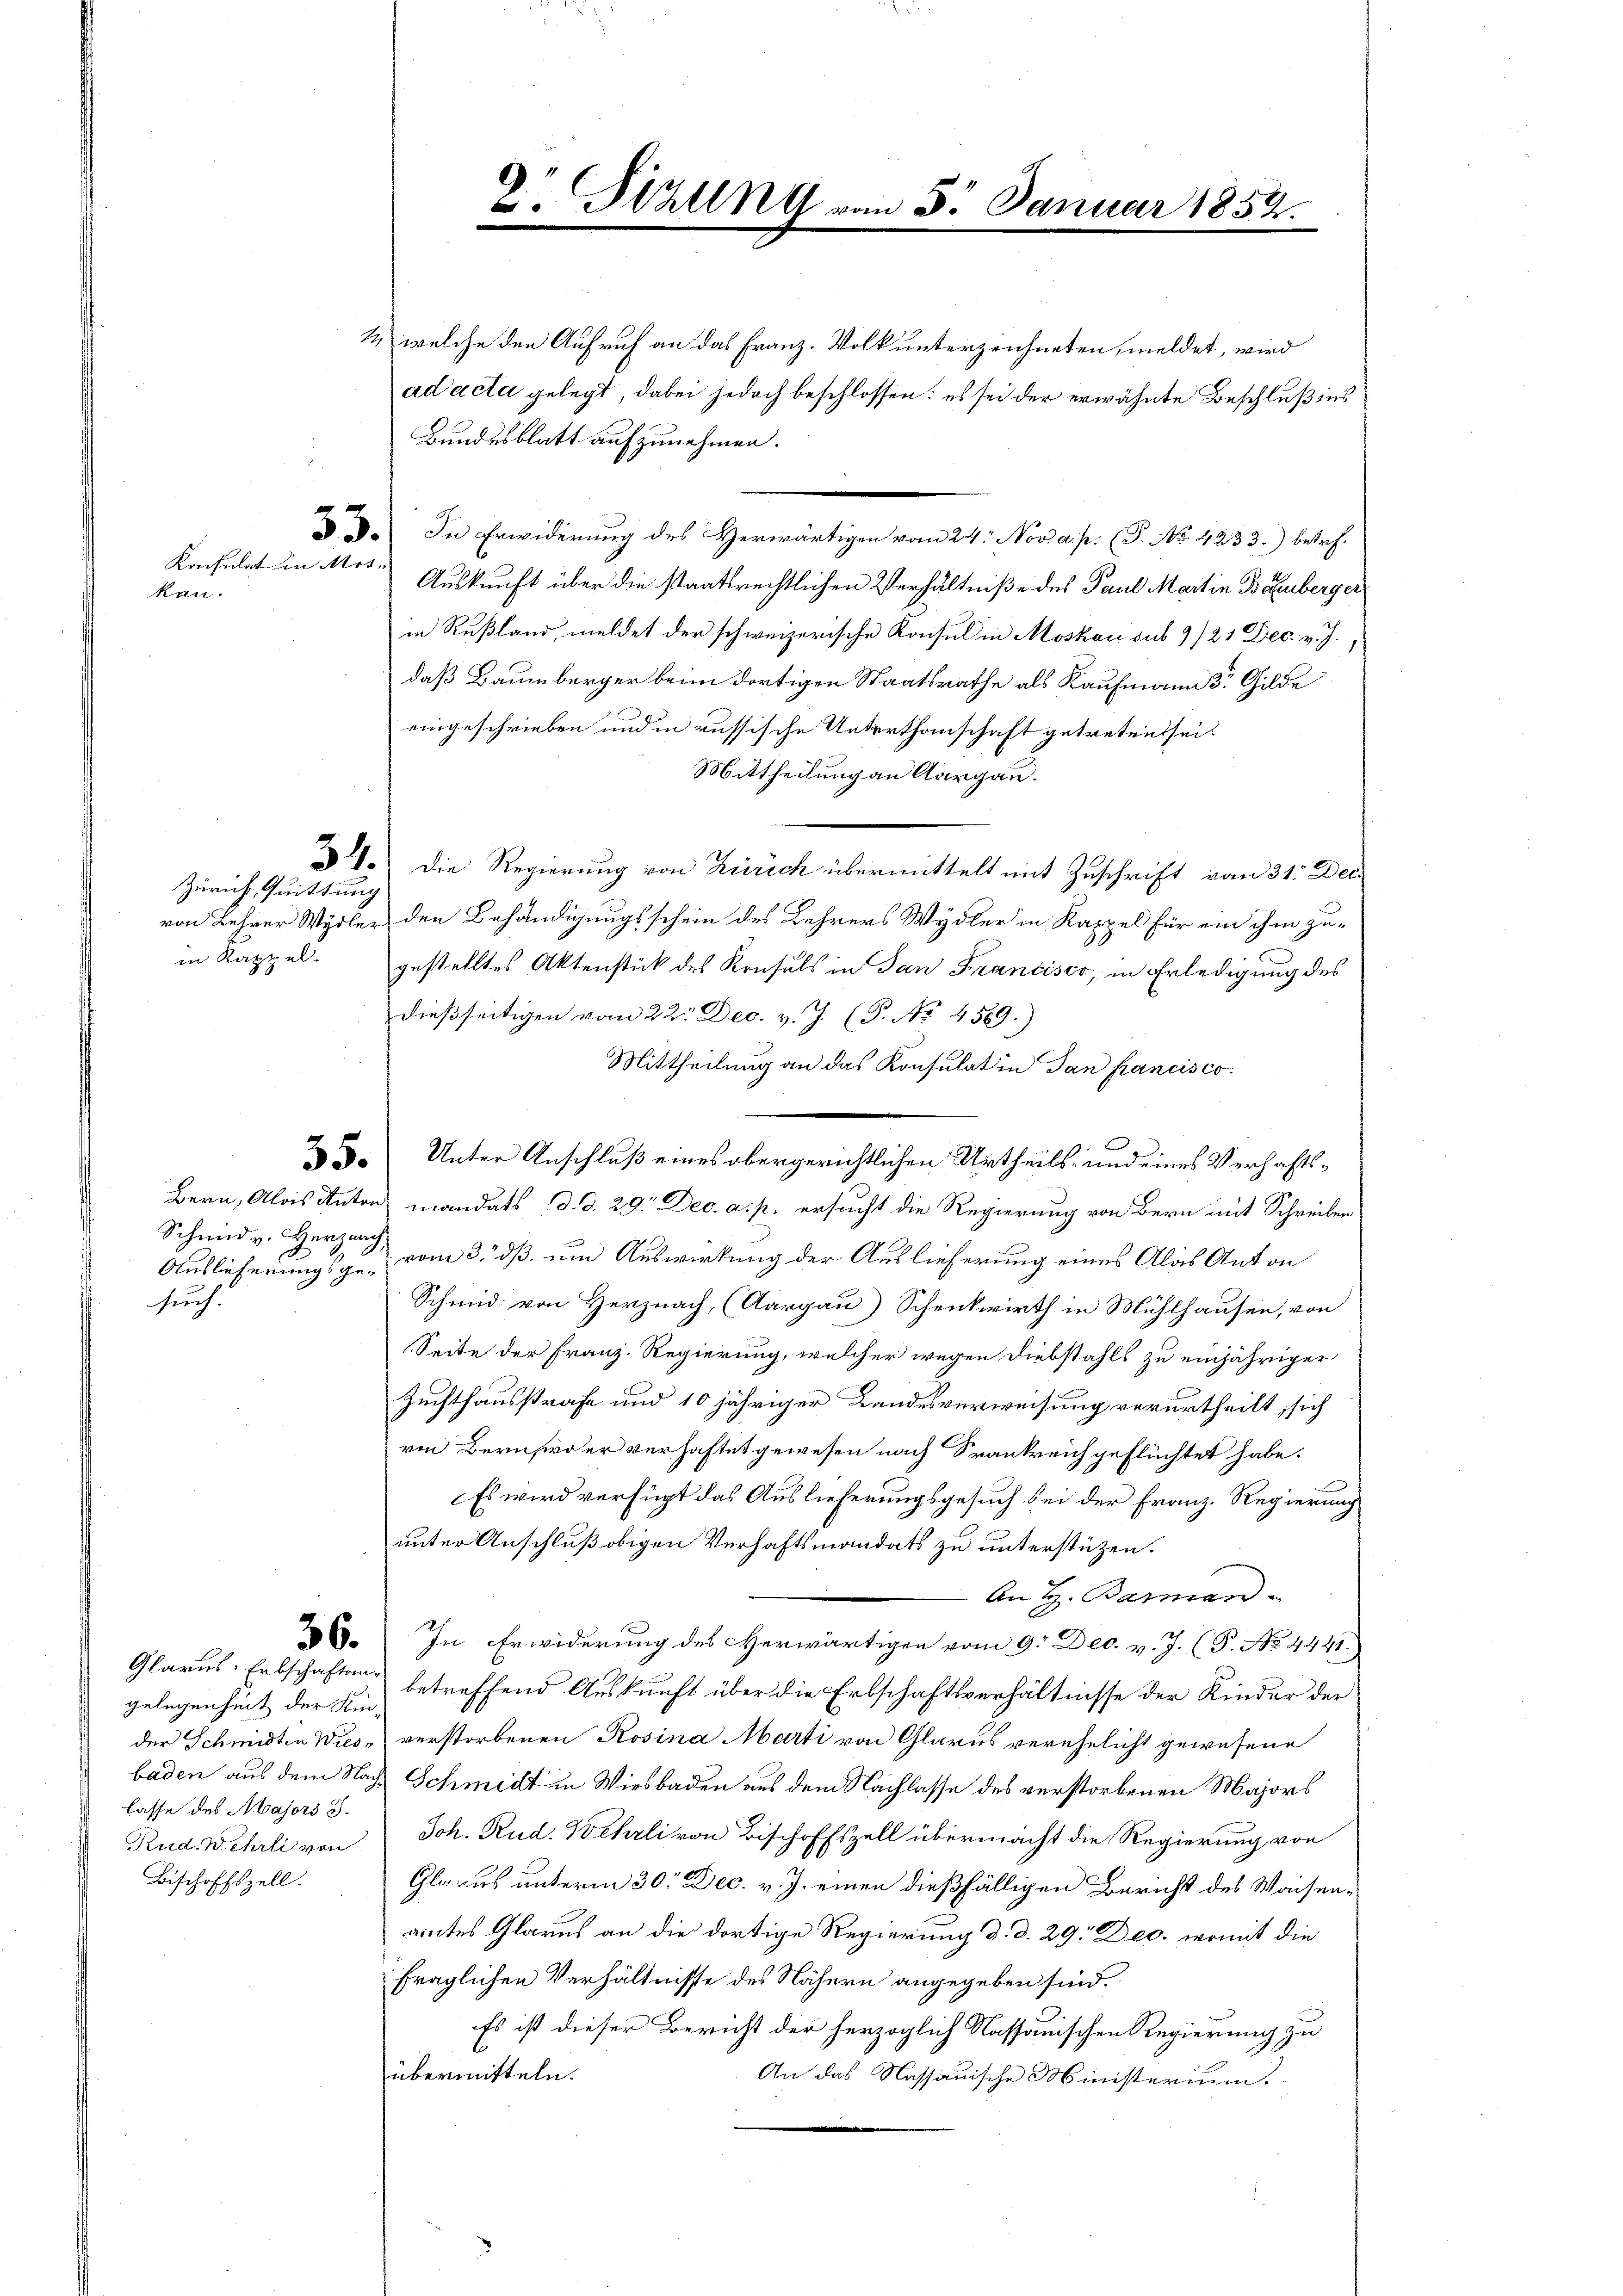
Konsulat in Mes-
kan.

Zürich, Quittung
in Rappel.

Auslieferungsgesuch.

Glarus: Erbschaftenlasse des Majors S.
Rud. Wehrli von
Bischoffszell.

2 welche den Aufruf an das Franz-Volk unterzeichneten, meldet, wird
ad acta gelegt, dabei jedoch beschlossen: es sei der erwähnte Beschluß ins
Bundesblatt aufzunehmen.
3. In Erwiderung des Herwärtigen vom 24. Nov. a. p. (P. No. 4233.) betref¬
Auskunft über die staatsrechtlichen Verhältniße des Paul Martin Bahnberger
in Rußland, meldet der schweizerische Konsul in Moskau sub 9/21 Dec. v. J.
daß Baumberger beim dortigen Staatsrathe als Kaufmann der Gilde
eingeschrieben und in russische Unterthanschaft getretent sei.
Mittheilung an Aargau.
34. Die Regierung von Zürich übermittelt mit Zuschrift vom 31. Dec
von Lehrer Wydler den Behändigungsschein des Lehrers Wydler in Kappel für ein ihm zugestelltes Aktenstück des Konsuls in San Francisco, in Erledigung des
dießseitigen vom 22. Dec. v. J. (T. No 4589.)
Mittheilung an das Konsulatin Jan francisco
 3. Unter Anschluß eines obergerichtlichen Urtheils- und eines Verhafts¬
Bern, Alois Anton mandats d. d. 29. Dec. a. p. ersucht die Regierung von Bern mit Schreiben
Schmid v. Herzog vom 3. dß um Auswirkung der Auslieferung eines Alas Anton
Schmid von Herznach, (Aargau) Schenkwirth in Mühlhausen, von
Seite der Franz-Regierung, welcher wegen Diebstahls zu einjähriger
Zuchthausstrafe und 10 jähriger Landesverweisung verurtheilt, sich
von Bernswo er verhaftet gewesen nach Krankreich geflüchtet habe.
Es wird verfügt das Auslieferungsgesuch bei der Franz-Regierung
unter Anschluß obigen Verhaftsmandats zu unterstüzen.
An H. Baran
36. In Erwiderung des Herwärtigen vom 9. Dec. v. J. (T. No. 4441.
gelegenheit der sie betreffend Auskunft über die Erbschaftsverhältnisse der Kinder der
der Schmidten Wies, verstorbenen Rosina Marti von Glarus verehelicht gewesene
baden aus dem Nach Schmidt in Wiesbaden aus dem Nachlasse des verstorbenen Majors
Joh. Rud. Wehrli von Bischoffszell übermacht die Regierung von
Glarus unterm 30. Dec. v. J. einen dießfälligen Bericht des Waisenamtes Glarus an die dortige Regierung d. d. 29. Dec. womit die
fraglichen Verhältnisse des Nähern angegeben sind.
Es ist dieser Bericht der herzoglich Nassauischen Regierung zu
übermitteln.
An das Nassauische Ministerium.

D Sizung vom 5. Januar 1852.